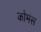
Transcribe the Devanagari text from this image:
कोमंस